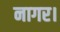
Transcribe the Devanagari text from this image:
नागर।